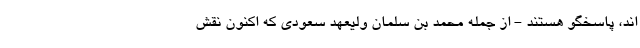
اند، پاسخگو هستند - از جمله محمد بن سلمان ولیعهد سعودی که اکنون نقش